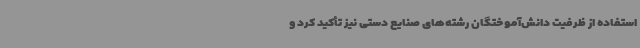
استفاده از ظرفیت دانش‌آموختگان رشته‌های صنایع دستی نیز تأکید کرد و